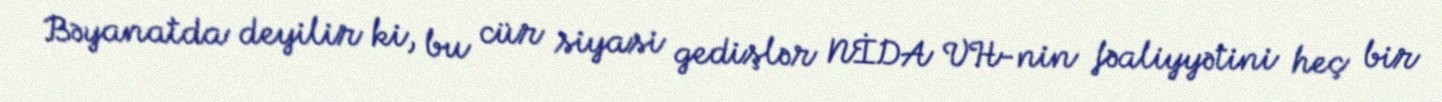
Bəyanatda deyilir ki, bu cür siyasi gedişlər NİDA VH-nin fəaliyyətini heç bir